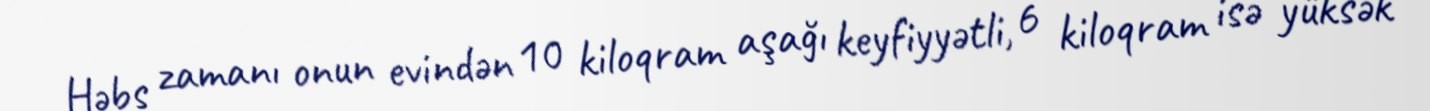
Həbs zamanı onun evindən 10 kiloqram aşağı keyfiyyətli, 6 kiloqram isə yüksək